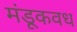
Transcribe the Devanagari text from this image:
मंडूकवध